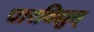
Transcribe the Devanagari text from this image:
पारविद्युत्